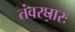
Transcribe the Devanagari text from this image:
तंवरघारः